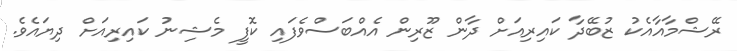
ރޭޝްމާއާއެކު ޒުބޭދާ ކައިރިއަށް ދާން ޒޫރިން އެއްބަސްވެފައި ކޮފީ މެޝިނު ކައިރިއަށް ދިޔައެވެ.